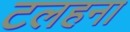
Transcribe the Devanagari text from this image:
टलहना